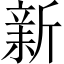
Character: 𣂺